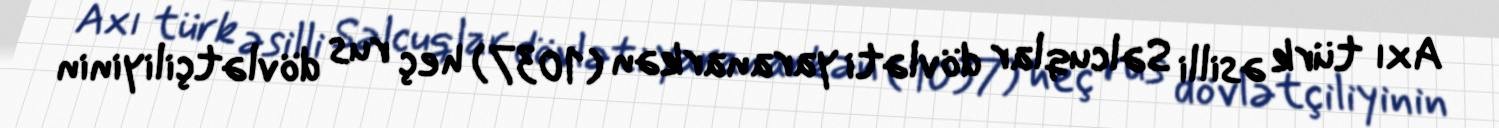
Axı türk əsilli Səlcuqlar dövləti yaranarkən (1037) heç rus dövlətçiliyinin